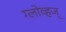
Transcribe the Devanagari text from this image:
ग्लोव्हज्